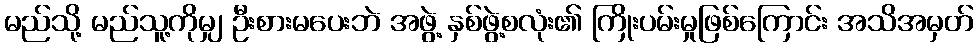
မည်သို့ မည်သူ့ကိုမျှ ဦးစားမပေးဘဲ အဖွဲ့ နှစ်ဖွဲ့စလုံး၏ ကြိုးပမ်းမှုဖြစ်ကြောင်း အသိအမှတ်